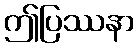
ဤပြဿနာ